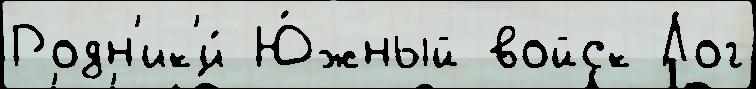
Родн'ик'и́ Ю́жный войск Лог